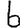
Digit: 6